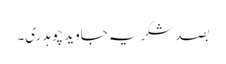
بصد شکریہ جاوید چوہدری۔